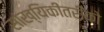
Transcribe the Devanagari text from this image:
सांख्यिकीतरीको